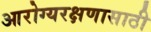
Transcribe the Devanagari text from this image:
आरोग्यरक्षणासाठी